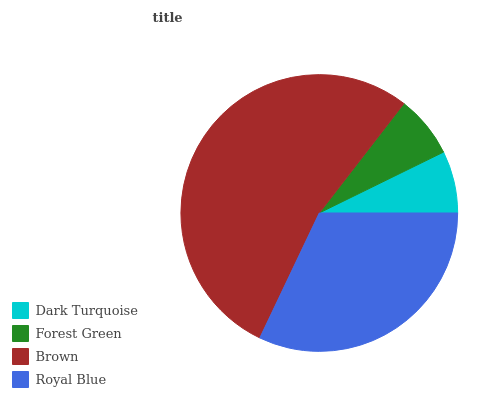
| Dark Turquoise | Forest Green | Brown | Royal Blue |
 | --- | --- | --- | --- |
 | 7.25% | 7.26% | 53.4% | 32.1% |